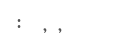
: